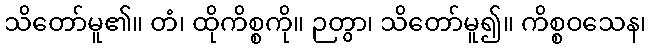
သိတော်မူ၏။ တံ၊ ထိုကိစ္စကို။ ဉတွာ၊ သိတော်မူ၍။ ကိစ္စဝသေန၊